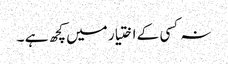
نہ کسی کے اختیار میں کچھ ہے ۔